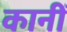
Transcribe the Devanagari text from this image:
कानीं